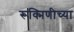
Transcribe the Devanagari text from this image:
रूक्मिणीच्या